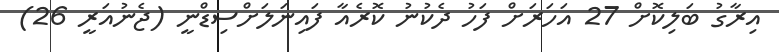
އިރާގު ބަލިކޮށް 27 އަހަރަށް ފަހު ދެކުނު ކޮރެއާ ފައިނަލަށްސިޑްނީ (ޖެނުއަރީ 26)